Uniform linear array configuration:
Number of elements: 12
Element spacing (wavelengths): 0.5
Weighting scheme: hann
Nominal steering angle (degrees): -15
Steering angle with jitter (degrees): -16.25
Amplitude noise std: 0.05
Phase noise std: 0.05

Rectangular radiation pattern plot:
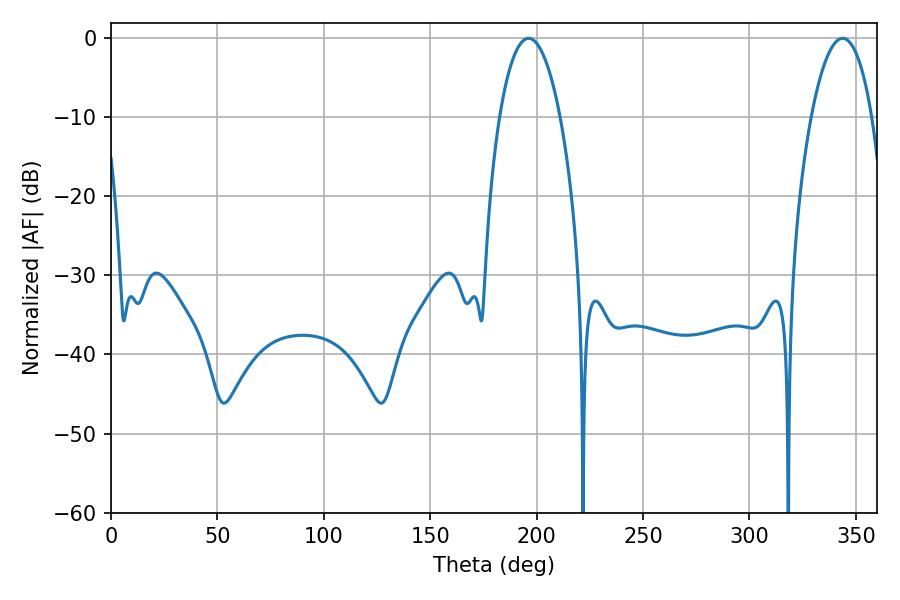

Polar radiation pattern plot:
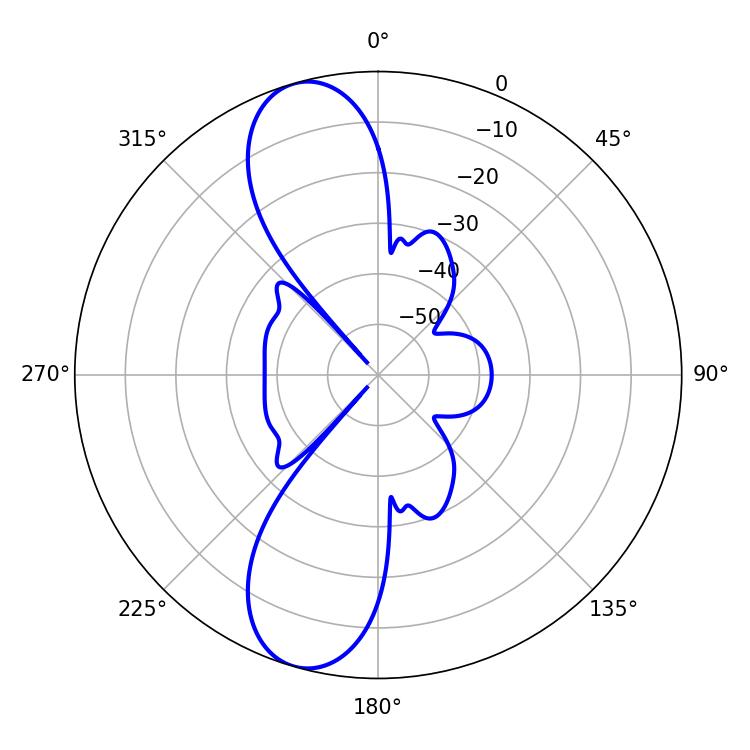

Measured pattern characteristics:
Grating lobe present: FALSE
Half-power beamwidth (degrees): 15.84
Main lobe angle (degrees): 196.2